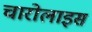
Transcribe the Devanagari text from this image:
चारोलाइस